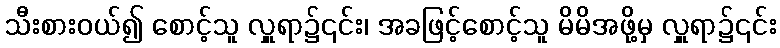
သီးစားဝယ်၍ စောင့်သူ လှူရာ၌၎င်း၊ အခဖြင့်စောင့်သူ မိမိအဖို့မှ လှူရာ၌၎င်း